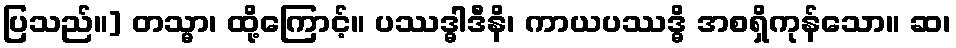
ပြသည်။] တသ္မာ၊ ထို့ကြောင့်။ ပဿဒ္ဓါဒီနိ၊ ကာယပဿဒ္ဓိ အစရှိကုန်သော။ ဆ၊